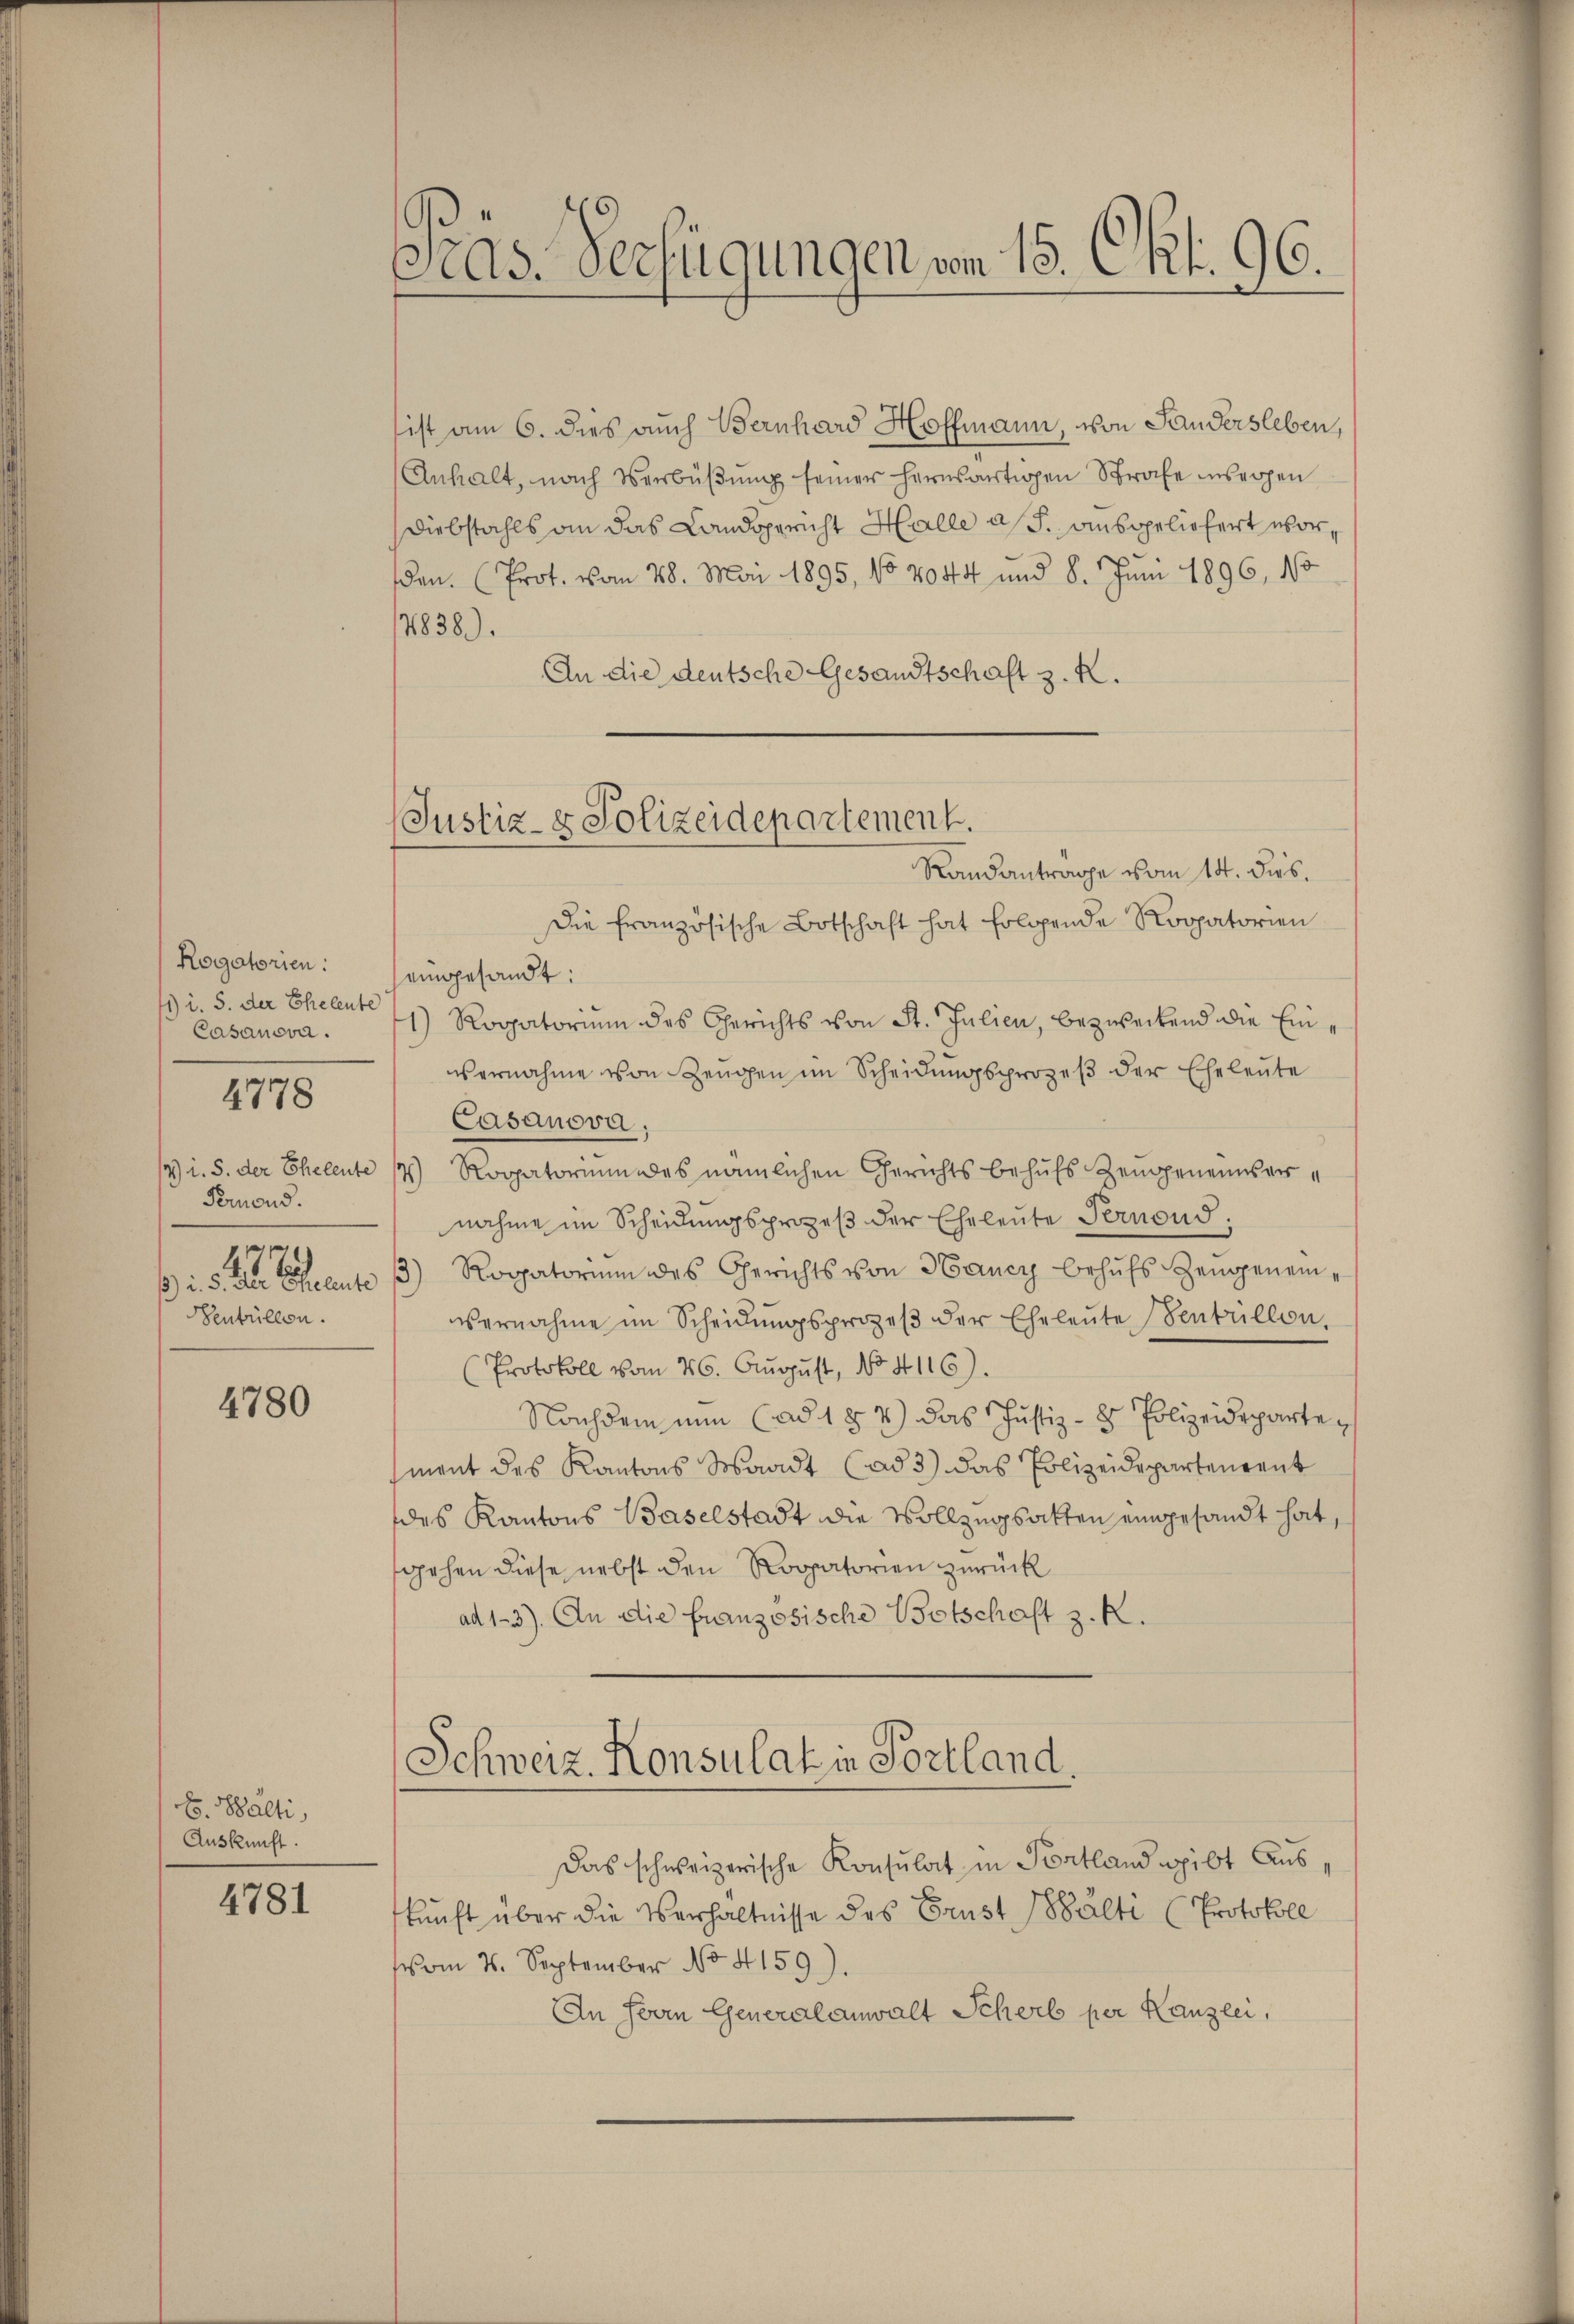
Rogatorien:
11) i. S. der Eheleute
Casanova.
4) i. S. der Eheleute
Fernend.
.
1) . 5. Der Eheleute
entillen.

4778

4780

E. Balti
Auskunft.

4781

Cas. Verfügungen vom 15. Okt. 96.

(Justiz- & Polizeidepartement.
Randantrage vom 14. ds.

sist am 6. dies auch Bernhard Hoffmann, von Sandersleben,
Anhalt, nach Verbüßung seiner herusartigen Strafe insrohen
Diebstahls an das Landsgericht Halle ass. ansppeliefert worden. (Prot. vom 28. Mai 1895, No 2044 und 8. Juni 1896, 160
7838).
An die deutsche Gesandtschaft z. R.
dDie französische Botschaft hat folgende Rogatorien
eingesandt:
1) Rogatorium des Gerichts von St. Julien, bezweckend die Einvernahme von Zeugen im Scheidungsprozeβ der Eheleute
Casanova.
4) Rogatorium des nämlichen Gerichts behufs Zeugeneinsernahme im Scheidungsprozeß der Eheleute Pernond
Rogatorium des Gerichts von Hancy behufs Zenggenein¬
3)
vernahme im Scheidŭngsprozeβ der Eheleŭte Senküllen.
Protokoll vom 26. August, No 4116).
Nachdem nun (ad 184) das Justiz- & Polizeidepartement des Kantons Waadt (ad 3) das Polizeidepartenrent
des Kantons Baselstadt die Vollzugsatten eingesandt hat,
gehen diese nebst den Rogatorien zurück
ad13). An die französische Botschaft z. K.
Schweiz. Konsulat in Portland.
Das schweizerische Konsulat in Portland gibt Auskunft über die Verhältnisse des Brust balti (Protokoll
vom 4. September No 4159).
An Herrn Generalanwalt Schert per Kanzlei,